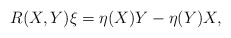
\begin{align*}R(X,Y)\xi=\eta(X)Y-\eta(Y)X,\end{align*}